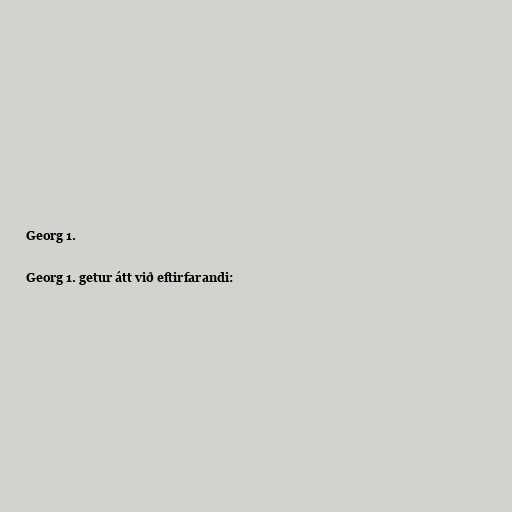
Georg 1.

Georg 1. getur átt við eftirfarandi: